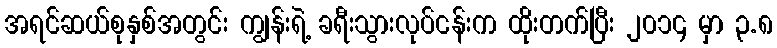
အရင်ဆယ်စုနှစ်အတွင်း ကျွန်းရဲ့ ခရီးသွားလုပ်ငန်းက ထိုးတက်ပြီး ၂၀၁၄ မှာ ၃.၈